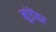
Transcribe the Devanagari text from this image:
मुंडेंवर